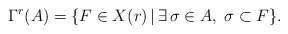
\begin{align*}\Gamma^r(A) = \{F \in X(r)\,|\, \exists \, \sigma \in A,\; \sigma \subset F \}.\end{align*}